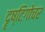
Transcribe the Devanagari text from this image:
दॄष्टिगोचर